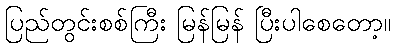
ပြည်တွင်းစစ်ကြီး မြန်မြန် ပြီးပါစေတော့။